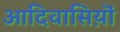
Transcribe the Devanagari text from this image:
आदिवासिय़ॊं